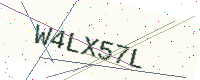
Text: W4LX57L